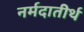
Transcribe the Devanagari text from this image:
नर्मदातीर्थ